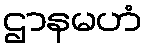
ဌာနမဟံ